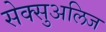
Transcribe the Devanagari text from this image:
सेक्सुअलिज